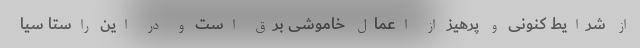
از شرایط کنونی و پرهیز از اعمال خاموشی برق است و در این راستا سیا